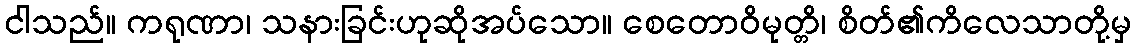
ငါသည်။ ကရုဏာ၊ သနားခြင်းဟုဆိုအပ်သော။ စေတောဝိမုတ္တိ၊ စိတ်၏ကိလေသာတို့မှ